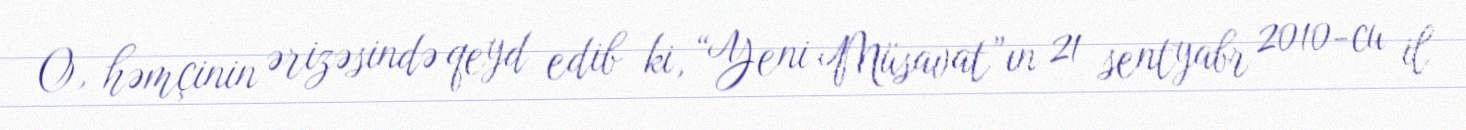
O, həmçinin ərizəsində qeyd edib ki, “Yeni Müsavat”ın 21 sentyabr 2010-cu il